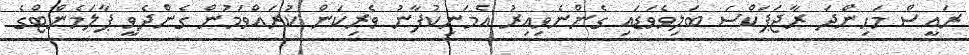
ރައީސް މަހިންދަ ރާޖަޕަކްސަ ބަލިވެވަޑައި ގެންނެވިއިރު އެމަނިކުފާނު ވެރިކަން ކުރައްވަމުން ގެންދެވީ ޕާލަމެންޓްގެ